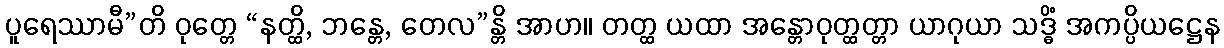
ပူရေဿာမီ”တိ ဝုတ္တေ “နတ္ထိ, ဘန္တေ, တေလ”န္တိ အာဟ။ တတ္ထ ယထာ အန္တောဝုတ္ထတ္တာ ယာဂုယာ သဒ္ဓိံ အကပ္ပိယဋ္ဌေန